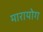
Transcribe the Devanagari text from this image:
मारायोग